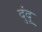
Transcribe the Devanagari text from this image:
दुंदू